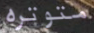
متوتره